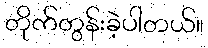
တိုက်တွန်းခဲ့ပါတယ်။